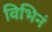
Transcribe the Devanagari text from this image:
विभिनं